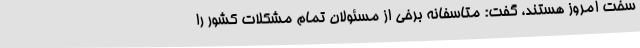
سخت امروز هستند، گفت: متاسفانه برخی از مسئولان تمام مشکلات کشور را